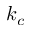
k _ { c }